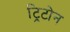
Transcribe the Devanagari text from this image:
ट्रिटोन